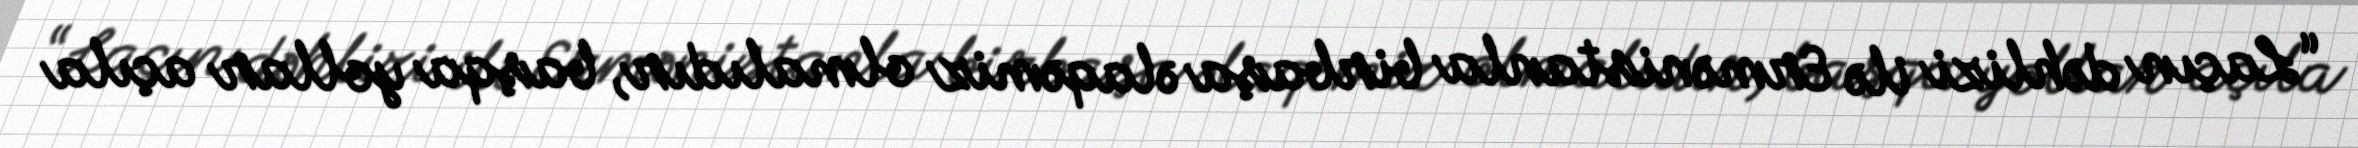
“Laçın dəhlizi ilə Ermənistanla birbaşa əlaqəmiz olmalıdır, başqa yollar açıla